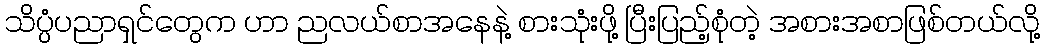
သိပ္ပံပညာရှင်တွေက ဟာ ညလယ်စာအနေနဲ့ စားသုံးဖို့ ပြီးပြည့်စုံတဲ့ အစားအစာဖြစ်တယ်လို့